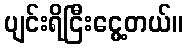
ပျင်းရိငြီးငွေ့တယ်။